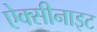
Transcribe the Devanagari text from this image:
ऐक्सीनाइट